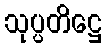
သုပ္ပတိဋ္ဌေ